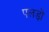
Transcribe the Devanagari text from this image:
पलड़ों